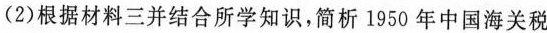
(2)根据材料三并结合所学知识，简析1950年中国海关税